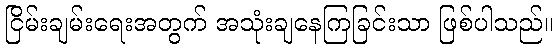
ငြိမ်းချမ်းရေးအတွက် အသုံးချနေကြခြင်းသာ ဖြစ်ပါသည်။